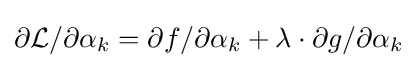
\partial {\mathcal {L}}/\partial \alpha _{k}=\partial f/\partial \alpha _{k}+\lambda \cdot \partial g/\partial \alpha _{k}